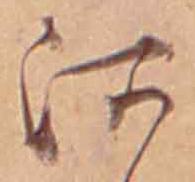
河